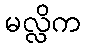
မလ္လိက